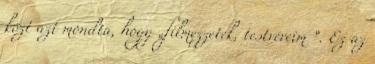
közt azt mondta, hogy „filmezzetek, testvéreim ”. Ez az